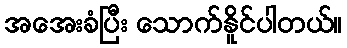
အအေးခံပြီး သောက်နိူင်ပါတယ်။